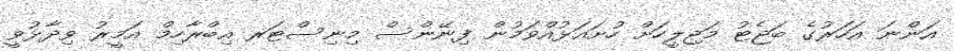
އަންނަ އަހަރުގެ ބަޖެޓު މަޖިލީހަށް ހުށައަޅުއްވަމުން ފިނޭންސް މިނިސްޓަރ އިބްރާހިމް އަމީރު ވިދާޅުވީ